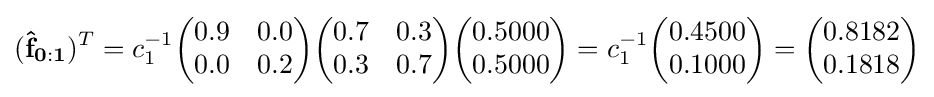
(\mathbf {{\hat {f}}_{0:1}} )^{T}=c_{1}^{-1}{\begin{pmatrix}0.9&0.0\\0.0&0.2\end{pmatrix}}{\begin{pmatrix}0.7&0.3\\0.3&0.7\end{pmatrix}}{\begin{pmatrix}0.5000\\0.5000\end{pmatrix}}=c_{1}^{-1}{\begin{pmatrix}0.4500\\0.1000\end{pmatrix}}={\begin{pmatrix}0.8182\\0.1818\end{pmatrix}}